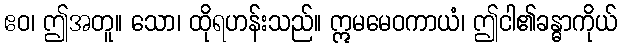
ဧဝ၊ ဤအတူ။ သော၊ ထိုရဟန်းသည်။ ဣမမေဝကာယံ၊ ဤငါ၏ခန္ဓာကိုယ်